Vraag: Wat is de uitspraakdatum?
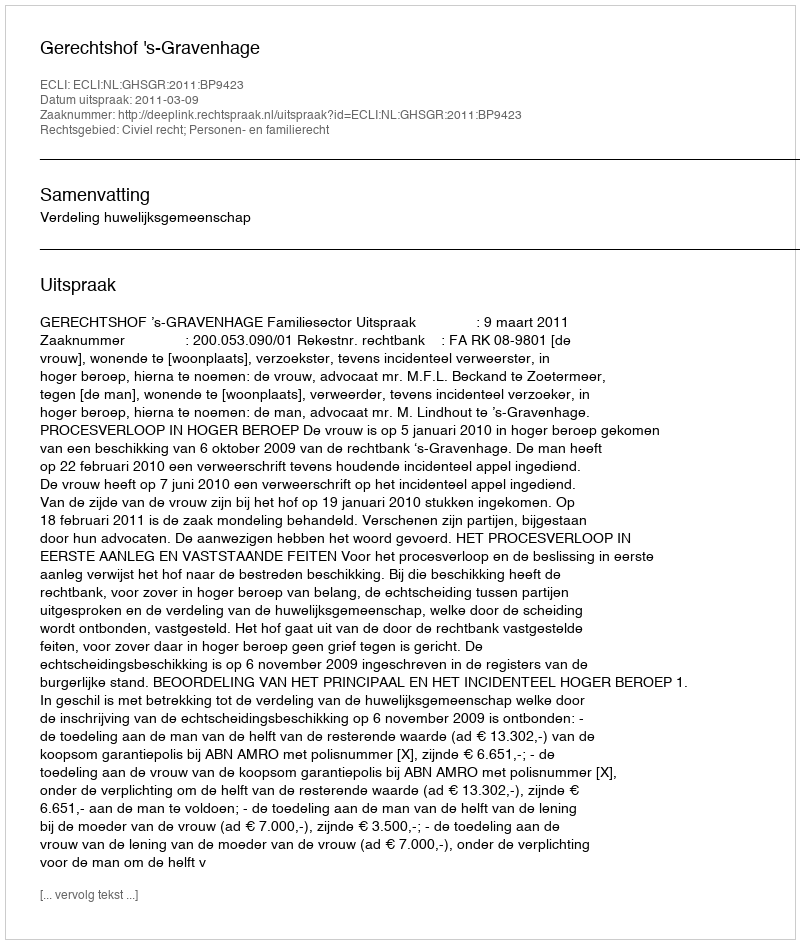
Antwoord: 2011-03-09